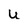
Character: u